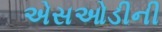
એસઓડીની